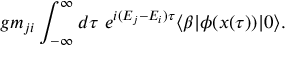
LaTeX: g m _ { j i } \int _ { - \infty } ^ { \infty } d \tau \ e ^ { i ( E _ { j } - E _ { i } ) \tau } \langle \beta | \phi ( x ( \tau ) ) | 0 \rangle .